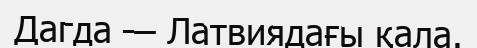
Дагда — Латвиядағы қала.